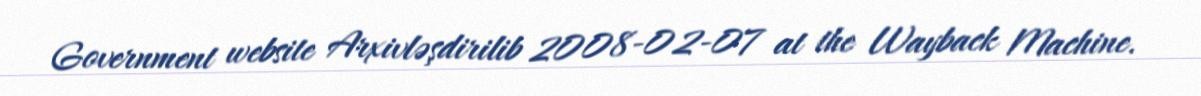
Government website Arxivləşdirilib 2008-02-07 at the Wayback Machine.